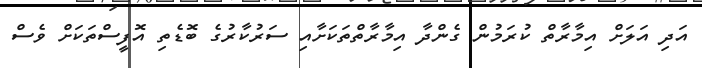
އަދި އަލަށް އިމާރާތް ކުރަމުން ގެންދާ އިމާރާތްތަކަށާއި ސަރުކާރުގެ ބޮޑެތި އޮފީސްތަކަށް ވެސް